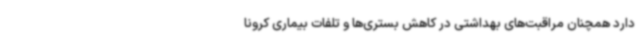
دارد همچنان مراقبت‌های بهداشتی در کاهش بستری‌ها و تلفات بیماری کرونا